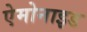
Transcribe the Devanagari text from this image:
ऐमोनाइड